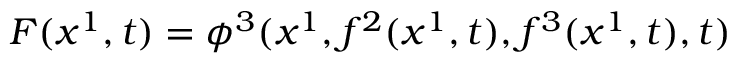
F ( x ^ { 1 } , t ) = \phi ^ { 3 } ( x ^ { 1 } , f ^ { 2 } ( x ^ { 1 } , t ) , f ^ { 3 } ( x ^ { 1 } , t ) , t )